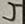
Text: 4